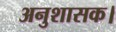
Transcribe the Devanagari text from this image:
अनुशासक।